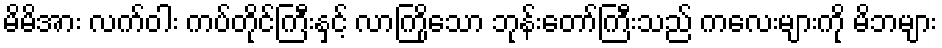
မိမိအား လက်ဝါး ကပ်တိုင်ကြီးနှင့် လာကြိုသော ဘုန်းတော်ကြီးသည် ကလေးများကို မိဘများ